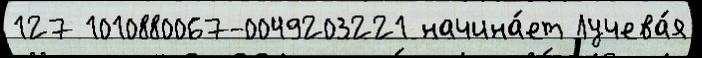
127 1010880067-0049203221 начина́ет Лучева́я